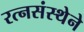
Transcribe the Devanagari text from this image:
रत्नसंस्थेने